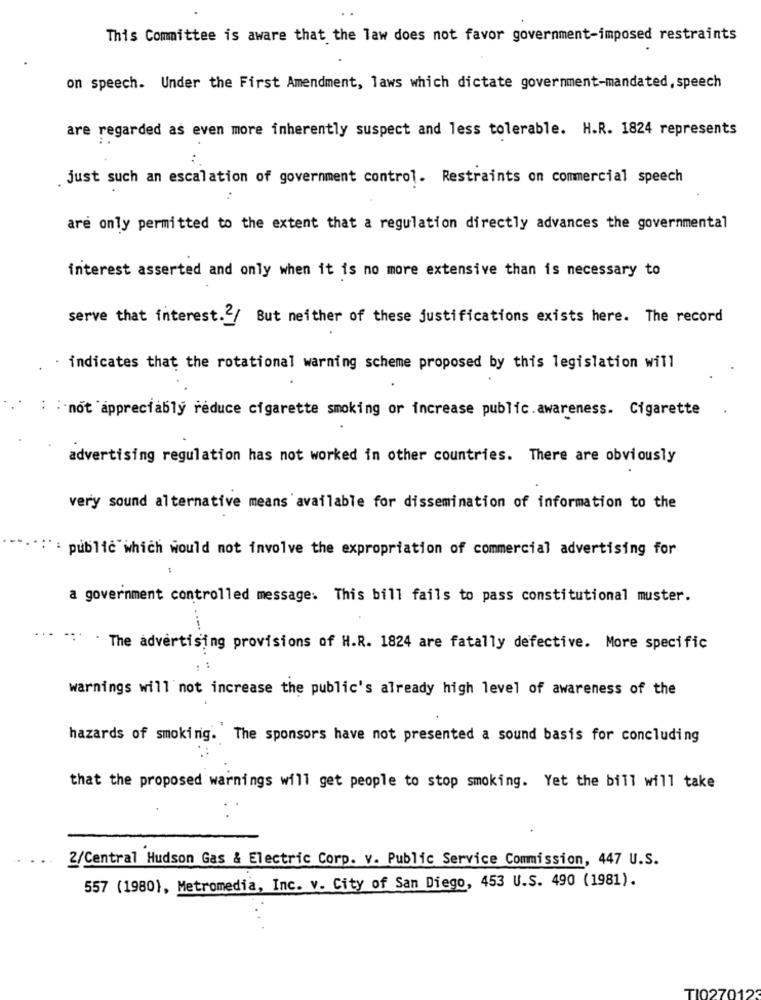
This Committee is aware that the law does not favor government-imposed restraints
on speech. Under the First Amendment, laws which dictate government-mandated, speech
are regarded as even more inherently suspect and less tolerable. H.R. 1824 represents
just such an escalation of government control. Restraints on commercial speech
are only permitted to the extent that a regulation directly advances the governmental
interest asserted and only when it is no more extensive than is necessary to
serve that interest. 2/ But neither of these justifications exists here. The record
indicates that the rotational warning scheme proposed by this legislation will
: : not appreciably reduce cigarette smoking or increase public.awareness. Cigarette
advertising regulation has not worked in other countries. There are obviously
very sound alternative means available for dissemination of information to the
public which would not involve the expropriation of commercial advertising for
a government controlled message. This bill fails to pass constitutional muster.
. The advertising provisions of H.R. 1824 are fatally defective. More specific
warnings will not increase the public's already high level of awareness of the
hazards of smoking. The sponsors have not presented a sound basis for concluding
that the proposed warnings will get people to stop smoking. Yet the bill will take
2/Central Hudson Gas & Electric Corp. v. Public Service Commission, 447 U.S.
557 (1980), Metromedia, Inc. v. City of San Diego, 453 U.S. 490 (1981).
TI0270123